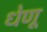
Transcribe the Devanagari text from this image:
धेणू